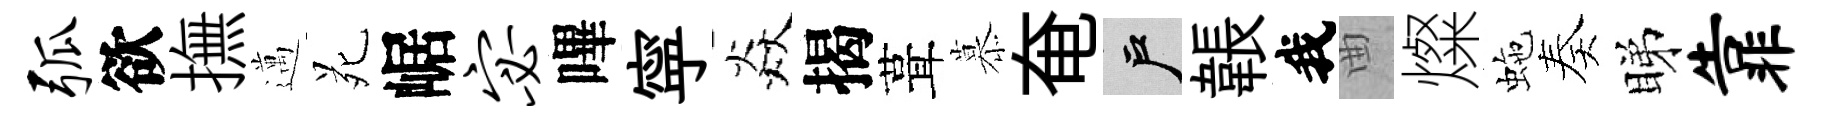
弧欲撫邁苑崌宓嗶寜焱揭葺慕奄户韔我曲燦虵奏睇靠